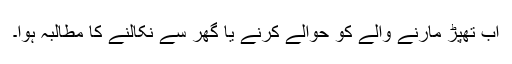
اب تھپڑ مارنے والے کو حوالے کرنے یا گھر سے نکالنے کا مطالبہ ہوا۔